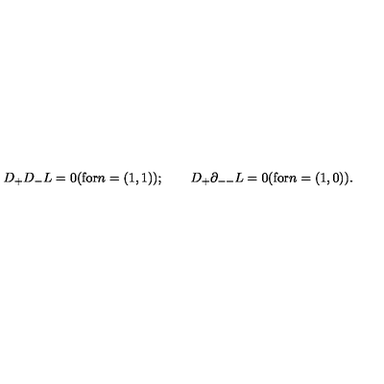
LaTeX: D _ { + } D _ { - } L = 0 ( \mathrm { f o r } n = ( 1 , 1 ) ) ; \qquad D _ { + } \partial _ { -- } L = 0 { } ( \mathrm { f o r } n = ( 1 , 0 ) ) .